Vaccination in Bombay 1856-1862 - 1856-1862
Year: 1856
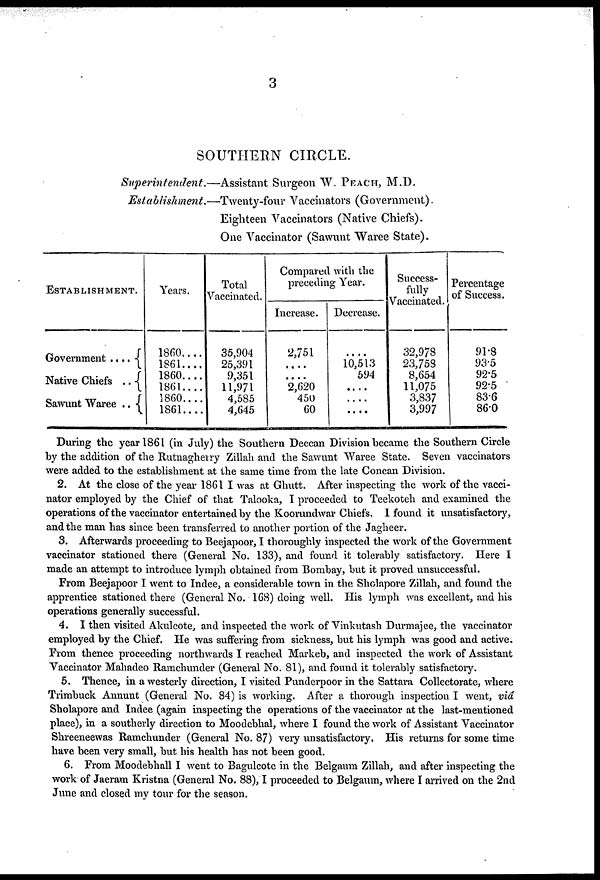
3
SOUTHERN CIRCLE.
Superintendent.—Assistant
Surgeon W. PEACH, M.D.
Establishment.—Twenty-four
Vaccinators (Government).
Eighteen Vaccinators (Native Chiefs).
One Vaccinator (Sawunt Waree State).
ESTABLISHMENT.
Government . . . . .
Native Chiefs . .
Sawunt Waree . .
Years.
1860....
1861....
1860....
1861....
1860....
1861....
Total
Vaccinated.
35,904
25,391
9,351
11,971
4,585
4,645
Compared with the
preceding Year.
Increase.
2,751
....
....
2,620
450
60
Decrease.
....
10,513
594
....
....
....
Success-
fully
Vaccinated.
32,978
23,759
8,654
11,075
3,837
3,997
Percentage
of Success.
91.8
93.5
92.5
92.5
83.6
86.0
During the year 1861 (in July) the Southern Deccan Division became the Southern Circle
by the addition of the Rutnagherry Zillah and the Sawunt Waree State. Seven vaccinators
were added to the establishment at the same time from the late Concan Division.
2. At the close of the year 1861 I was at Ghutt. After inspecting the work of the vacci-
nator employed by the Chief of that Talooka, I proceeded to Teekoteh and examined the
operations of the vaccinator entertained by the Koorundwar Chiefs. I found it unsatisfactory,
and the man has since been transferred to another portion of the Jagheer.
3. Afterwards proceeding to Beejapoor, I thoroughly inspected the work of the Government
vaccinator stationed there (General No. 133), and found it tolerably satisfactory. Here I
made an attempt to introduce lymph obtained from Bombay, but it proved unsuccessful.
From Beejapoor I went to Indee, a considerable town in the Sholapore Zillah, and found the
apprentice stationed there (General No. 168) doing well. His lymph was excellent, and his
operations generally successful.
4. I then visited Akulcote, and inspected the work of Vinkutash Durmajee, the vaccinator
employed by the Chief. He was suffering from sickness, but his lymph was good and active.
From thence proceeding northwards I reached Markeb, and inspected the work of Assistant
Vaccinator Mahadeo Ramchunder (General No. 81), and found it tolerably satisfactory.
5. Thence, in a westerly direction, I visited Punderpoor in the Sattara Collectorate, where
Trimbuck Annunt (General No. 84) is working. After a thorough inspection I went, viâ
Sholapore and Indee (again inspecting the operations of the vaccinator at the last-mentioned
place), in a southerly direction to Moodebhal, where I found the work of Assistant Vaccinator
Shreeneewas Ramchunder (General No. 87) very unsatisfactory. His returns for some time
have been very small, but his health has not been good.
6. From Moodebhall I went to Bagulcote in the Belgaum Zillah, and after inspecting the
work of Jaeram Kristna (General No. 88), I proceeded to Belgaum, where I arrived on the 2nd
June and closed my tour for the season.